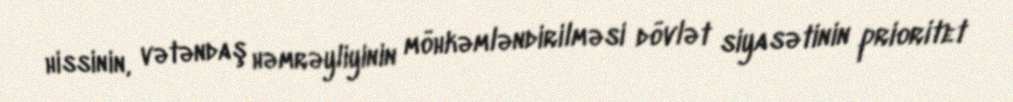
hissinin, vətəndaş həmrəyliyinin möhkəmləndirilməsi dövlət siyasətinin prioritet